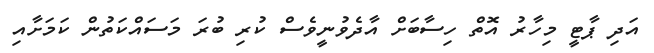
އަދި ޕާޓީ މިހާރު އޮތް ހިސާބަށް އާދެވުނީވެސް ކުރި ބުރަ މަސައްކަތުން ކަމަށާއި